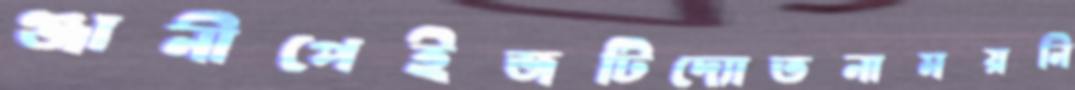
ঞ্জানীপেইজটিদ্যোতনাময়নি